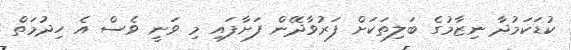
ކުޑަކަމުދާ ނިޒާމުގެ ބަލިތަކަށް ފަރުވާދޭން ފަށާފައި މި ވަނީ ވެސް އެ ހިދުމަތް